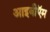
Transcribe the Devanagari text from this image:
आइबीऍम